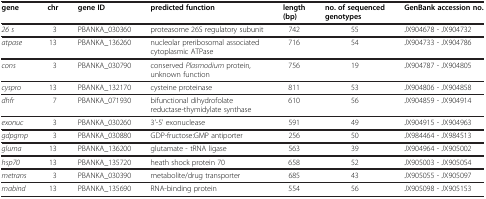
<table><thead><tr><td><b>gene</b></td><td><b>chr</b></td><td><b>gene ID</b></td><td><b>predicted function</b></td><td><b>length (bp)</b></td><td><b>no. of sequenced genotypes</b></td><td><b>GenBank accession no.</b></td></tr></thead><tbody><tr><td><i>26 s</i></td><td>3</td><td>PBANKA_030360</td><td>proteasome 26S regulatory subunit</td><td>742</td><td>55</td><td>JX904678 - JX904732</td></tr><tr><td><i>atpase</i></td><td>13</td><td>PBANKA_136260</td><td>nucleolar preribosomal associated cytoplasmic ATPase</td><td>716</td><td>54</td><td>JX904733 - JX904786</td></tr><tr><td><i>cons</i></td><td>3</td><td>PBANKA_030790</td><td>conserved <i>Plasmodium</i> protein, unknown function</td><td>756</td><td>19</td><td>JX904787 - JX904805</td></tr><tr><td><i>cyspro</i></td><td>13</td><td>PBANKA_132170</td><td>cysteine proteinase</td><td>811</td><td>53</td><td>JX904806 - JX904858</td></tr><tr><td><i>dhfr</i></td><td>7</td><td>PBANKA_071930</td><td>bifunctional dihydrofolate reductase-thymidylate synthase</td><td>610</td><td>56</td><td>JX904859 - JX904914</td></tr><tr><td><i>exonuc</i></td><td>3</td><td>PBANKA_030260</td><td>3&#x27;-5&#x27; exonuclease</td><td>591</td><td>49</td><td>JX904915 - JX904963</td></tr><tr><td><i>gdpgmp</i></td><td>3</td><td>PBANKA_030880</td><td>GDP-fructose:GMP antiporter</td><td>256</td><td>50</td><td>JX984464 - JX984513</td></tr><tr><td><i>glurna</i></td><td>13</td><td>PBANKA_136200</td><td>glutamate - tRNA ligase</td><td>563</td><td>39</td><td>JX904964 - JX905002</td></tr><tr><td><i>hsp70</i></td><td>13</td><td>PBANKA_135720</td><td>heath shock protein 70</td><td>658</td><td>52</td><td>JX905003 - JX905054</td></tr><tr><td><i>metrans</i></td><td>3</td><td>PBANKA_030390</td><td>metabolite/drug transporter</td><td>685</td><td>43</td><td>JX905055 - JX905097</td></tr><tr><td><i>rnabind</i></td><td>13</td><td>PBANKA_135690</td><td>RNA-binding protein</td><td>554</td><td>56</td><td>JX905098 - JX905153</td></tr></tbody></table>